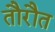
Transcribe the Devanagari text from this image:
तौरौत